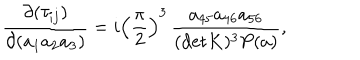
{ \frac { \partial ( \tau _ { i j } ) } { \partial ( a _ { 1 } a _ { 2 } a _ { 3 } ) } } = i \left( \frac { \pi } { 2 } \right) ^ { 3 } \, { \frac { a _ { 4 5 } a _ { 4 6 } a _ { 5 6 } } { ( \mathrm { d e t } K ) ^ { 3 } P ( a ) } } ,